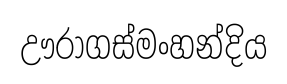
ඌරාගස්මංහන්දිය